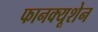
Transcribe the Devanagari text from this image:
फानक्यूशेन